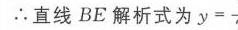
\(\therefore\)直线 \(BE\) 解析式为 \(y = -\)